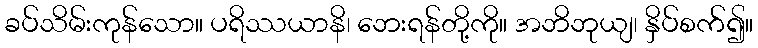
ခပ်သိမ်းကုန်သော။ ပရိဿယာနိ၊ ဘေးရန်တို့ကို။ အဘိဘုယျ၊ နှိပ်စက်၍။